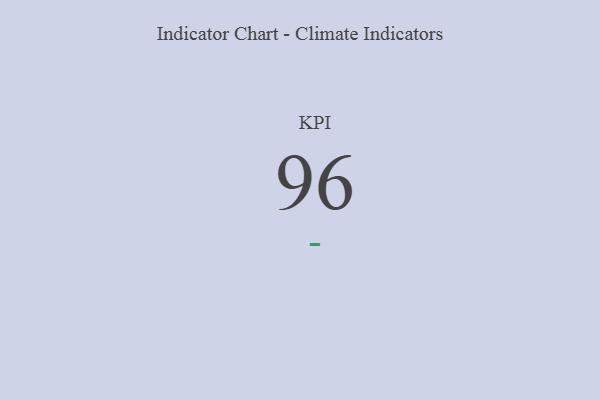
{"axis": {"x": "KPI", "y": "Value"}, "legend": [""], "data": [{"x": "KPI", "y": 96, "type": ""}]}